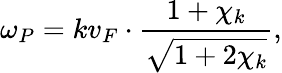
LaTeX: \omega_{P}=kv_{F}\cdot\frac{1+\chi_{k}}{\sqrt{1+2\chi_{k}}},